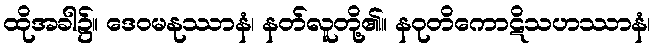
ထိုအခါ၌။ ဒေဝမနုဿာနံ၊ နတ်လူတို့၏။ နဝုတိကောဋိသဟဿာနံ၊